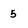
Character: 5